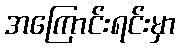
အကြောင်းရင်းမှာ